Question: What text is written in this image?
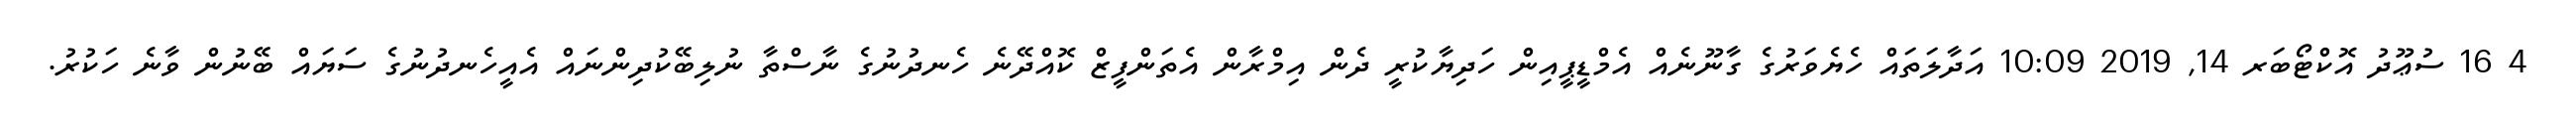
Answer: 4 16 ސުޢޫދު އޮކްޓޯބަރ 14, 2019 10:09 އަދާލަތައް ހެޔެވަރުގެ ގާނޫނެއް އެމްޑީޕީއިން ހަދިޔާކުރީ ދެން އިމްރާން އެތަންފީޒް ކޮއްދޭނެ ހެނދުނުގެ ނާސްތާ ނުލިބޭކުދިންނައް އެއީހެނދުނުގެ ސަޔައް ބޭނުން ވާނެ ހަކުރު.